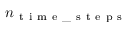
n _ { \mathrm { ~ t ~ i ~ m ~ e ~ \_ ~ s ~ t ~ e ~ p ~ s ~ } }